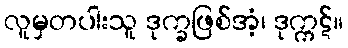
လူမှတပါးသူ ဒုက္ခဖြစ်အံ့၊ ဒုက္ကဋ်။